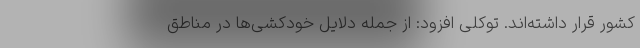
کشور قرار داشته‌اند. توکلی افزود: از جمله دلایل خودکشی‌ها در مناطق